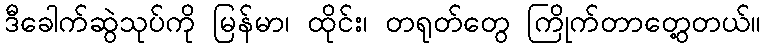
ဒီခေါက်ဆွဲသုပ်ကို မြန်မာ၊ ထိုင်း၊ တရုတ်တွေ ကြိုက်တာတွေ့တယ်။